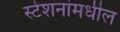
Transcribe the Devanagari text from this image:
स्टेशनांमधील